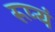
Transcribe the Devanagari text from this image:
रूप्यं